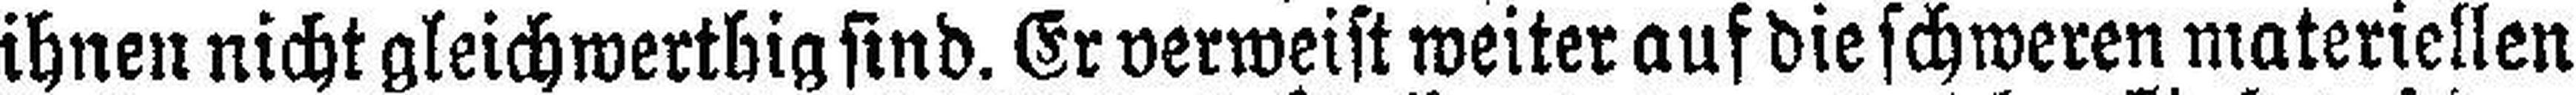
ihnen nicht gleichwerthig sind. Er verweist weiter auf die schweren materiellen